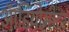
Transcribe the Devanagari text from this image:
ऑडियोमीटर